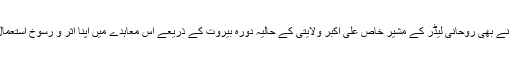
ایران نے بھی روحانی لیڈر کے مشیرِ خاص علی اکبر ولایتی کے حالیہ دورۂ بیروت کے ذریعے اس معاہدے میں اپنا اثر و رسوخ استعمال کیا۔